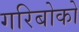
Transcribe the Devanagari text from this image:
गरिबोको